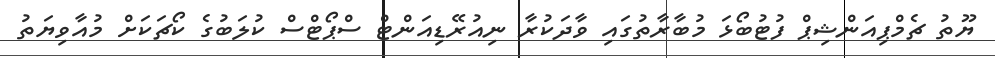
ޔޫތު ޗެމްޕިއަންޝިޕް ފުޓުބޯޅަ މުބާރާތުގައި ވާދަކުރާ ނިއުރޭޑިއަންޓް ސްޕޯޓްސް ކުލަބުގެ ކޯޗަކަށް މުއާވިޔަތު